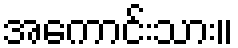
အကောင်းသား။